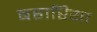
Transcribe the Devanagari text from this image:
बहारिया